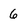
Character: 6